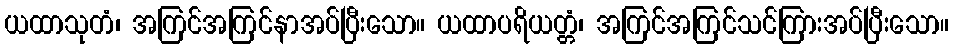
ယထာသုတံ၊ အကြင်အကြင်နာအပ်ပြီးသော။ ယထာပရိယတ္တံ၊ အကြင်အကြင်သင်ကြားအပ်ပြီးသော။